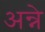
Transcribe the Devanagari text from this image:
अन्ने